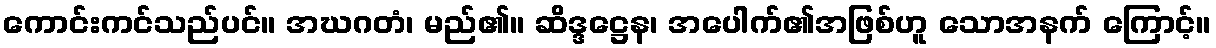
ကောင်းကင်သည်ပင်။ အဃဂတံ၊ မည်၏။ ဆိဒ္ဒဋ္ဌေန၊ အပေါက်၏အဖြစ်ဟူ သောအနက် ကြောင့်။